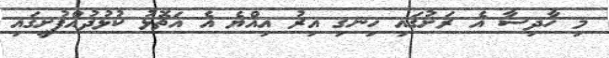
މި ހާދިސާ އެ ރަށުގައި ހިނގި އިރު އިއްޔެ އެ އަތޮޅު ކުޅުދުއްފުށީގައި